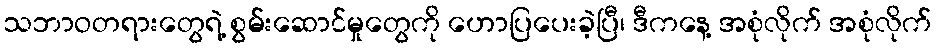
သဘာဝတရားတွေရဲ့ စွမ်းဆောင်မှုတွေကို ဟောပြပေးခဲ့ပြီ၊ ဒီကနေ့ အစုံလိုက် အစုံလိုက်